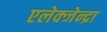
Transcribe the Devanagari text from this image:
एलेक्जेन्द्रा